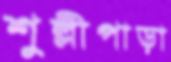
শুল্লীপাড়া